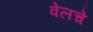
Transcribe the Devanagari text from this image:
वेलचे